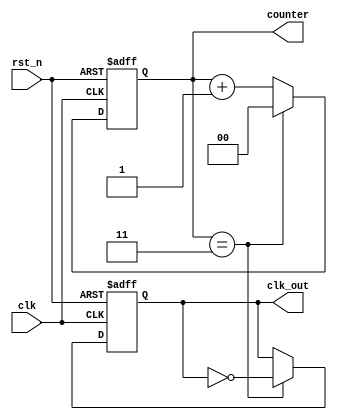
module frequency_divider #(parameter N = 4) (
    input wire clk,       // Clock input
    input wire rst_n,     // Active-low reset
    output reg clk_out,   // Divided clock output
    output reg [$clog2(N)-1:0] counter // Current counter value
);

    // Initialize the counter and clk_out
    initial begin
        counter = 0;
        clk_out = 0;
    end

    always @(posedge clk or negedge rst_n) begin
        if (!rst_n) begin
            // Asynchronous reset
            counter <= 0;
            clk_out <= 0;
        end else begin
            // Increment the counter
            if (counter == N - 1) begin
                // Toggle the output clock when counter reaches N-1
                clk_out <= ~clk_out;
                counter <= 0; // Reset counter
            end else begin
                counter <= counter + 1; // Increment counter
            end
        end
    end

endmodule